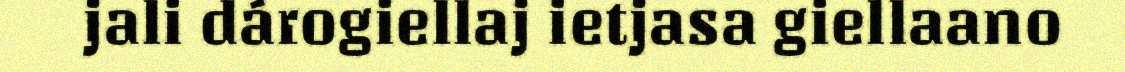
jali dárogiellaj ietjasa giellaano